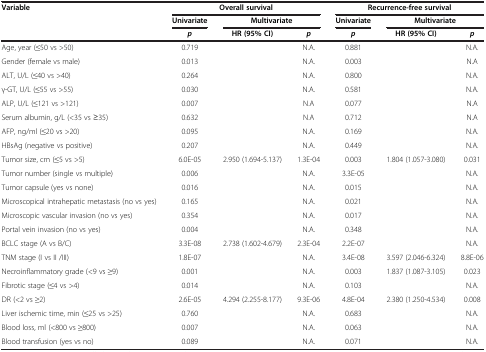
<table><thead><tr><td rowspan="3"><b>Variable</b></td><td colspan="3"><b>Overall survival</b></td><td colspan="3"><b>Recurrence-free survival</b></td></tr><tr><td><b>Univariate</b></td><td colspan="2"><b>Multivariate</b></td><td><b>Univariate</b></td><td colspan="2"><b>Multivariate</b></td></tr><tr><td><b><i>p</i></b></td><td><b>HR (95% CI)</b></td><td><b><i>p</i></b></td><td><b><i>p</i></b></td><td><b>HR (95% CI)</b></td><td><b><i>p</i></b></td></tr></thead><tbody><tr><td>Age, year (≤50 vs &gt;50)</td><td>0.719</td><td> </td><td>N.A.</td><td>0.881</td><td> </td><td>N.A.</td></tr><tr><td>Gender (female vs male)</td><td>0.013</td><td> </td><td>N.A.</td><td>0.003</td><td> </td><td>N.A</td></tr><tr><td>ALT, U/L (≤40 vs &gt;40)</td><td>0.264</td><td> </td><td>N.A.</td><td>0.800</td><td> </td><td>N.A.</td></tr><tr><td>γ-GT, U/L (≤55 vs &gt;55)</td><td>0.030</td><td> </td><td>N.A.</td><td>0.581</td><td> </td><td>N.A.</td></tr><tr><td>ALP, U/L (≤121 vs &gt;121)</td><td>0.007</td><td> </td><td>N.A</td><td>0.077</td><td> </td><td>N.A</td></tr><tr><td>Serum albumin, g/L (&lt;35 vs ≥35)</td><td>0.632</td><td> </td><td>N.A</td><td>0.712</td><td> </td><td>N.A</td></tr><tr><td>AFP, ng/ml (≤20 vs &gt;20)</td><td>0.095</td><td> </td><td>N.A.</td><td>0.169</td><td> </td><td>N.A.</td></tr><tr><td>HBsAg (negative vs positive)</td><td>0.207</td><td> </td><td>N.A.</td><td>0.449</td><td> </td><td>N.A.</td></tr><tr><td>Tumor size, cm (≤5 vs &gt;5)</td><td>6.0E-05</td><td>2.950 (1.694-5.137)</td><td>1.3E-04</td><td>0.003</td><td>1.804 (1.057-3.080)</td><td>0.031</td></tr><tr><td>Tumor number (single vs multiple)</td><td>0.006</td><td> </td><td>N.A.</td><td>3.3E-05</td><td> </td><td>N.A.</td></tr><tr><td>Tumor capsule (yes vs none)</td><td>0.016</td><td> </td><td>N.A.</td><td>0.015</td><td> </td><td>N.A.</td></tr><tr><td>Microscopical intrahepatic metastasis (no vs yes)</td><td>0.165</td><td> </td><td>N.A.</td><td>0.021</td><td> </td><td>N.A.</td></tr><tr><td>Microscopic vascular invasion (no vs yes)</td><td>0.354</td><td> </td><td>N.A.</td><td>0.017</td><td> </td><td>N.A.</td></tr><tr><td>Portal vein invasion (no vs yes)</td><td>0.004</td><td> </td><td>N.A.</td><td>0.348</td><td> </td><td>N.A.</td></tr><tr><td>BCLC stage (A vs B/C)</td><td>3.3E-08</td><td>2.738 (1.602-4.679)</td><td>2.3E-04</td><td>2.2E-07</td><td> </td><td>N.A.</td></tr><tr><td>TNM stage (I vs II /III)</td><td>1.8E-07</td><td> </td><td>N.A.</td><td>3.4E-08</td><td>3.597 (2.046-6.324)</td><td>8.8E-06</td></tr><tr><td>Necroinflammatory grade (&lt;9 vs ≥9)</td><td>0.001</td><td> </td><td>N.A.</td><td>0.003</td><td>1.837 (1.087-3.105)</td><td>0.023</td></tr><tr><td>Fibrotic stage (≤4 vs &gt;4)</td><td>0.014</td><td> </td><td>N.A.</td><td>0.103</td><td> </td><td>N.A.</td></tr><tr><td>DR (&lt;2 vs ≥2)</td><td>2.6E-05</td><td>4.294 (2.255-8.177)</td><td>9.3E-06</td><td>4.8E-04</td><td>2.380 (1.250-4.534)</td><td>0.008</td></tr><tr><td>Liver ischemic time, min (≤25 vs &gt;25)</td><td>0.760</td><td> </td><td>N.A.</td><td>0.683</td><td> </td><td>N.A.</td></tr><tr><td>Blood loss, ml (&lt;800 vs ≥800)</td><td>0.007</td><td> </td><td>N.A.</td><td>0.063</td><td> </td><td>N.A.</td></tr><tr><td>Blood transfusion (yes vs no)</td><td>0.089</td><td> </td><td>N.A.</td><td>0.071</td><td> </td><td>N.A.</td></tr></tbody></table>